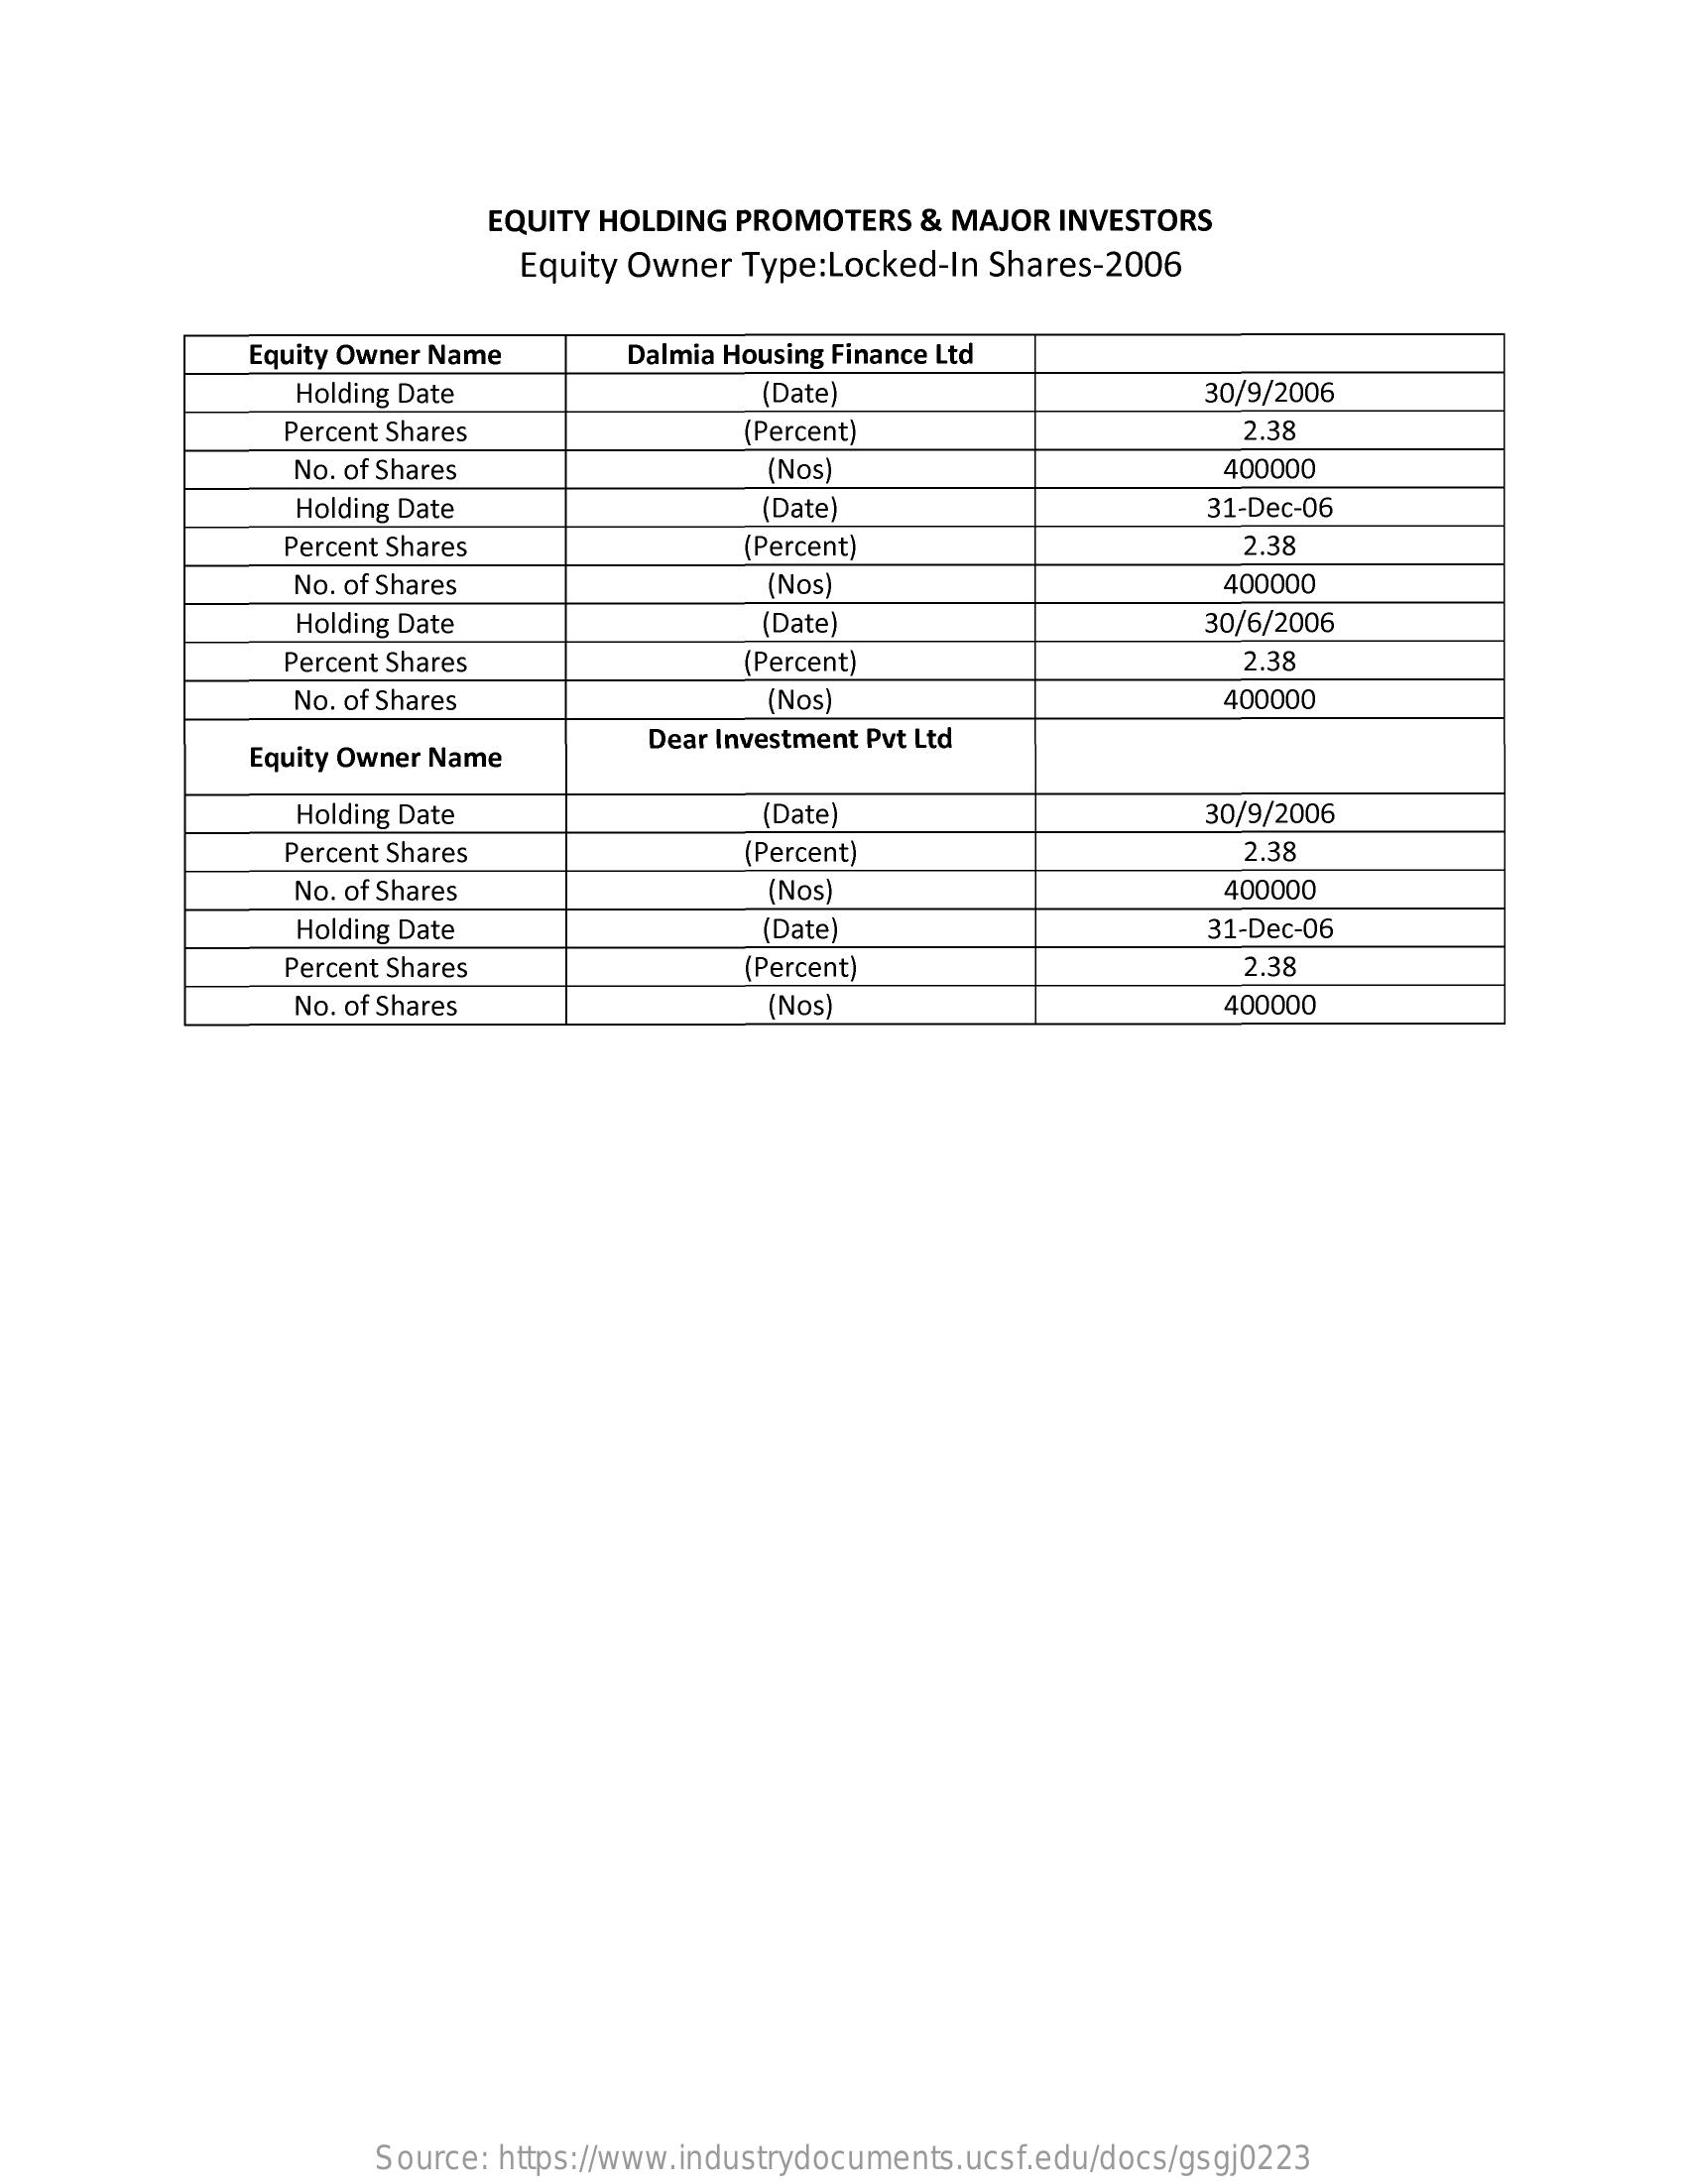
EQUITY HOLDING PROMOTERS   & MAJOR  INVESTORS
     Equity Owner  Type:Locked-In Shares-2006
     Equity Owner Name    Dalmia Housing Finance Ltd
     Holding Date    (Date)    30/9/2006
     Percent Shares    Percent)    2.38
     No. of Shares    (Nos)    400000
     Holding Date    (Date)    31-Dec-06
     Percent Shares    (Percent)    2.38
     No. of Shares    (Nos)    400000
     Holding Date    (Date    30/6/2006
     Percent Shares    (Percent)    2.38
     No. of Shares    (Nos)    400000
     Equity Owner Name
     Dear Investment Pvt Ltd
     Holding Date    (Date)    30/9/2006
     Percent Shares    (Percent)    2.38
     No. of Shares    (Nos)    400000
     Holding Date    (Date]    31-Dec-06
     Percent Shares    (Percent)    2.38
     No. of Shares    (Nos)    400000
     Source: https://www.industrydocuments.ucsf.edu/docs/gsgj0223